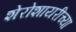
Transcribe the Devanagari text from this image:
शेरोशायरीच्या